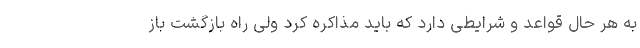
به هر حال قواعد و شرایطی دارد که باید مذاکره کرد ولی راه بازگشت باز